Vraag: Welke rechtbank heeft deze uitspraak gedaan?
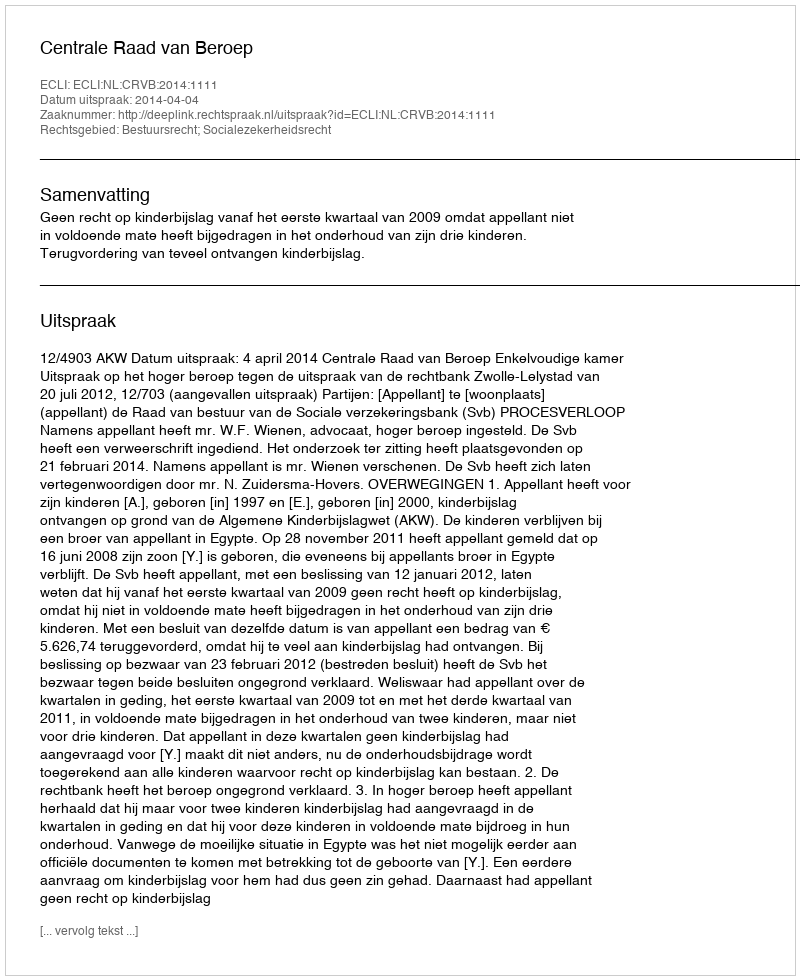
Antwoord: Centrale Raad van Beroep